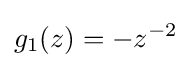
g_{1}(z)=-z^{-2}